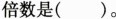
倍数是( )。